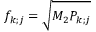
f _ { k ; j } = \sqrt { M _ { 2 } P _ { k ; j } }